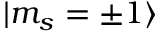
| m _ { s } = \pm 1 \rangle